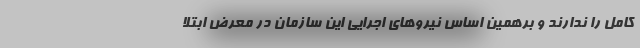
کامل را ندارند و برهمین اساس نیروهای اجرایی این سازمان در معرض ابتلا